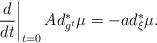
LaTeX: \begin{align*}\left. \frac{d}{dt}\right\vert _{t=0}Ad_{g^{t}}^{\ast }\mu =-ad_{\xi}^{\ast }\mu . \end{align*}